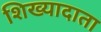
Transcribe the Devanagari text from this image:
शिख्यादाता